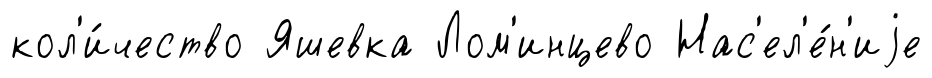
кол'и́чество Яшевка Лом'инцево Нас'ел'е́н'иjе